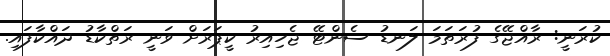
ކުރަނީ: ރާއްޖޭގެ ފުރަތަމަ ލަނޑު ސެންޓޭ ޖެހިއިރު ކީޕަރަށް ވަނީ ރަތްކާޑު ދައްކާފައި.